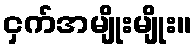
ငှက်အမျိုးမျိုး။